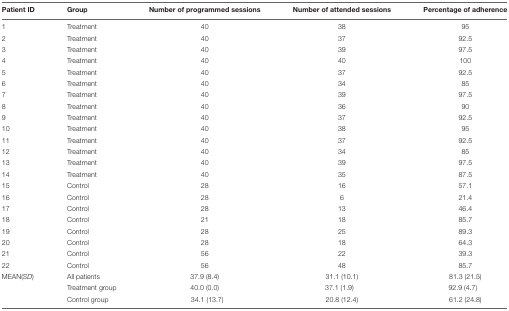
<table><thead><tr><td><b>Patient ID</b></td><td><b>Group</b></td><td><b>Number of programmed sessions</b></td><td><b>Number of attended sessions</b></td><td><b>Percentage of adherence</b></td></tr></thead><tbody><tr><td>1</td><td>Treatment</td><td>40</td><td>38</td><td>95</td></tr><tr><td>2</td><td>Treatment</td><td>40</td><td>37</td><td>92.5</td></tr><tr><td>3</td><td>Treatment</td><td>40</td><td>39</td><td>97.5</td></tr><tr><td>4</td><td>Treatment</td><td>40</td><td>40</td><td>100</td></tr><tr><td>5</td><td>Treatment</td><td>40</td><td>37</td><td>92.5</td></tr><tr><td>6</td><td>Treatment</td><td>40</td><td>34</td><td>85</td></tr><tr><td>7</td><td>Treatment</td><td>40</td><td>39</td><td>97.5</td></tr><tr><td>8</td><td>Treatment</td><td>40</td><td>36</td><td>90</td></tr><tr><td>9</td><td>Treatment</td><td>40</td><td>37</td><td>92.5</td></tr><tr><td>10</td><td>Treatment</td><td>40</td><td>38</td><td>95</td></tr><tr><td>11</td><td>Treatment</td><td>40</td><td>37</td><td>92.5</td></tr><tr><td>12</td><td>Treatment</td><td>40</td><td>34</td><td>85</td></tr><tr><td>13</td><td>Treatment</td><td>40</td><td>39</td><td>97.5</td></tr><tr><td>14</td><td>Treatment</td><td>40</td><td>35</td><td>87.5</td></tr><tr><td>15</td><td>Control</td><td>28</td><td>16</td><td>57.1</td></tr><tr><td>16</td><td>Control</td><td>28</td><td>6</td><td>21.4</td></tr><tr><td>17</td><td>Control</td><td>28</td><td>13</td><td>46.4</td></tr><tr><td>18</td><td>Control</td><td>21</td><td>18</td><td>85.7</td></tr><tr><td>19</td><td>Control</td><td>28</td><td>25</td><td>89.3</td></tr><tr><td>20</td><td>Control</td><td>28</td><td>18</td><td>64.3</td></tr><tr><td>21</td><td>Control</td><td>56</td><td>22</td><td>39.3</td></tr><tr><td>22</td><td>Control</td><td>56</td><td>48</td><td>85.7</td></tr><tr><td>MEAN(<i>SD</i>)</td><td>All patients</td><td>37.9 (8.4)</td><td>31.1 (10.1)</td><td>81.3 (21.5)</td></tr><tr><td></td><td>Treatment group</td><td>40.0 (0.0)</td><td>37.1 (1.9)</td><td>92.9 (4.7)</td></tr><tr><td></td><td>Control group</td><td>34.1 (13.7)</td><td>20.8 (12.4)</td><td>61.2 (24.8)</td></tr></tbody></table>